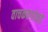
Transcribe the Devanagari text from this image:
वाचकवर्गाकडे